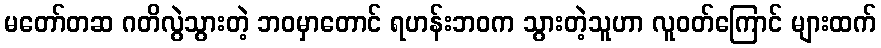
မတော်တဆ ဂတိလွဲသွားတဲ့ ဘဝမှာတောင် ရဟန်းဘဝက သွားတဲ့သူဟာ လူဝတ်ကြောင် များထက်